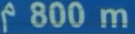
^{\uparrow}800\